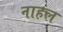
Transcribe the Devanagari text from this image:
नाहल